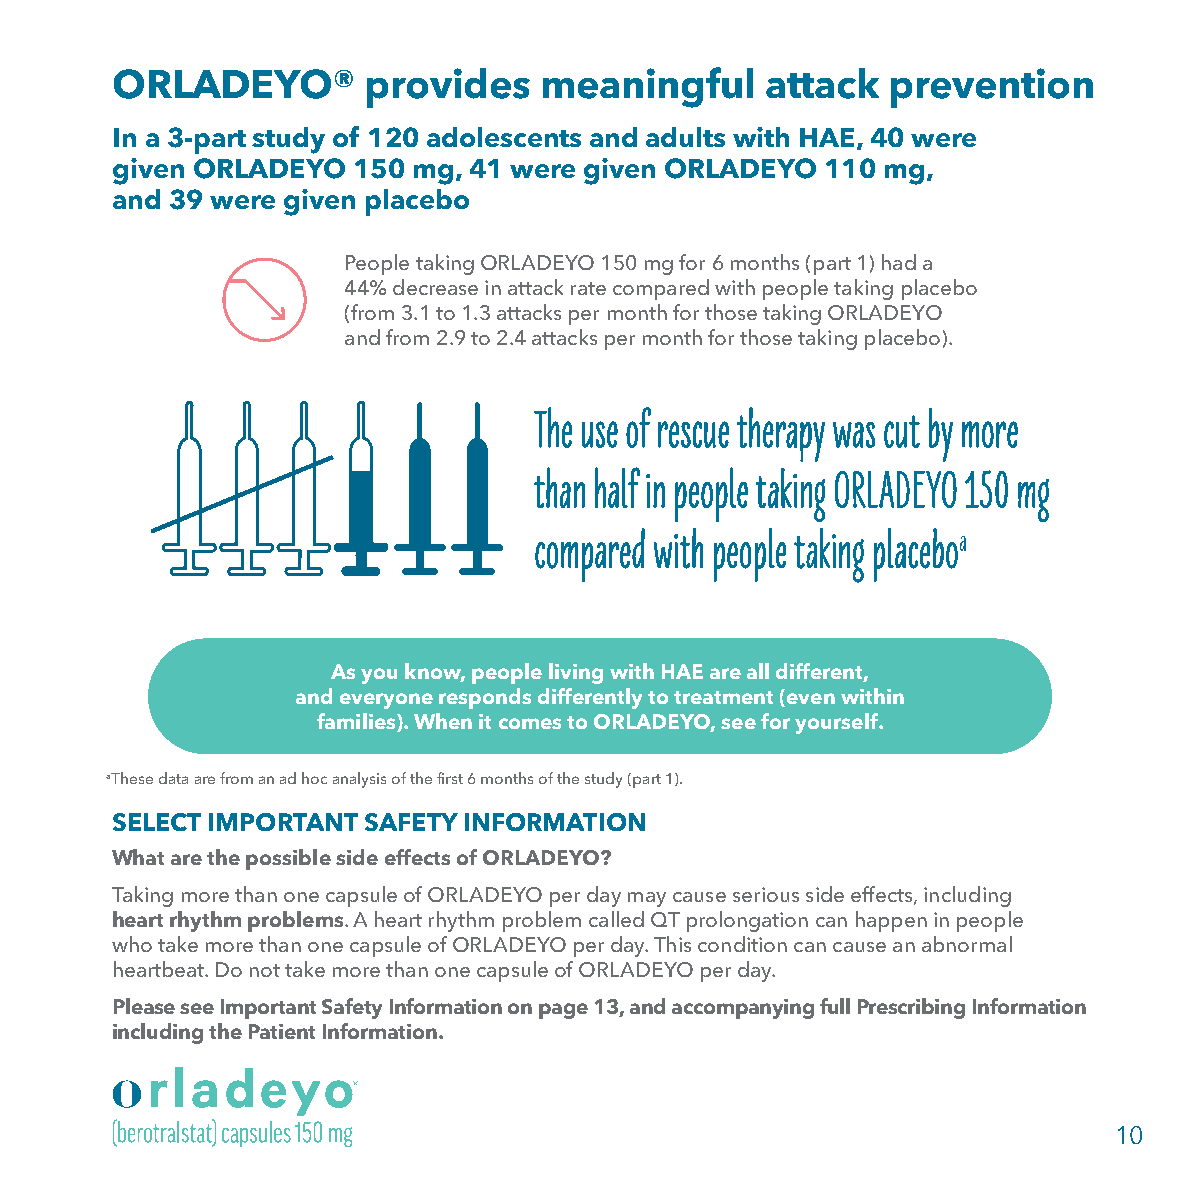
ORLADEYO®        provides    meaningful     attack  prevention
 In a 3-part study of 120 adolescents and adults with HAE, 40 were
 given ORLADEYO  150 mg, 41 were given ORLADEYO  110 mg,
 and 39 were given placebo
 People taking ORLADEYO 150 mg for 6 months (part 1) had a
 44% decrease in attack rate compared with people taking placebo
 (from 3.1 to 1.3 attacks per month for those taking ORLADEYO
 and from 2.9 to 2.4 attacks per month for those taking placebo).
 As you know, people living with HAE are all different,
 and everyone responds differently to treatment (even within
 families). When it comes to ORLADEYO, see for yourself.
 aThese data are from an ad hoc analysis of the first 6 months of the study (part 1).
 SELECT IMPORTANT SAFETY INFORMATION
 What are the possible side effects of ORLADEYO?
 Taking more than one capsule of ORLADEYO per day may cause serious side effects, including
 heart rhythm problems. A heart rhythm problem called QT prolongation can happen in people
 who take more than one capsule of ORLADEYO per day. This condition can cause an abnormal
 heartbeat. Do not take more than one capsule of ORLADEYO per day.
 Please see Important Safety Information on page 13, and accompanying full Prescribing Information
 including the Patient Information.
 10